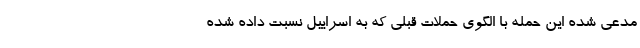
مدعی شده این حمله با الگوی حملات قبلی که به اسراییل نسبت داده شده